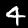
Label: 4